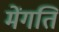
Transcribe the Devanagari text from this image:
मेंगति